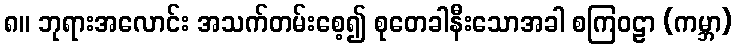
၈။ ဘုရားအလောင်း အသက်တမ်းစေ့၍ စုတေခါနီးသောအခါ စကြဝဠာ (ကမ္ဘာ)